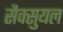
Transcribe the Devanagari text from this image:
सैक्सुयल